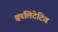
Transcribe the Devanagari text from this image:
क्वालिटेटिव